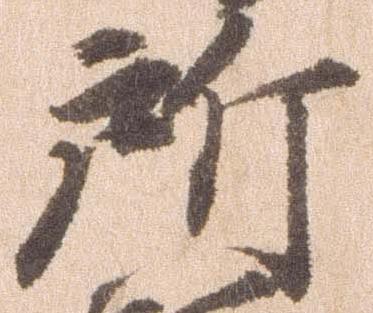
所